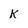
Character: K